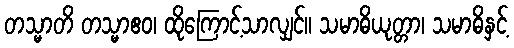
တသ္မာတိ တသ္မာဧဝ၊ ထိုကြောင့်သာလျှင်။ သမာဓိယုတ္တာ၊ သမာဓိနှင့်